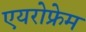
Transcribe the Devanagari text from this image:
एयरोफ्रेम